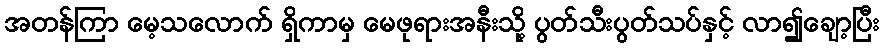
အတန်ကြာ မေ့သလောက် ရှိကာမှ မေဖုရားအနီးသို့ ပွတ်သီးပွတ်သပ်နှင့် လာ၍ချော့ပြီး